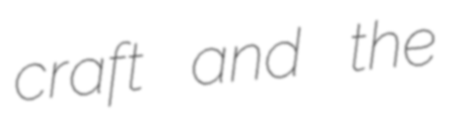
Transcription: craft and the